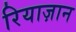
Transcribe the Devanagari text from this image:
रियाज़ान